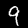
Label: 9